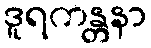
ဒူရကန္တနာ